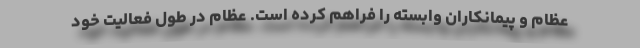
عظام و پیمانکاران وابسته را فراهم کرده است. عظام در طول فعالیت خود